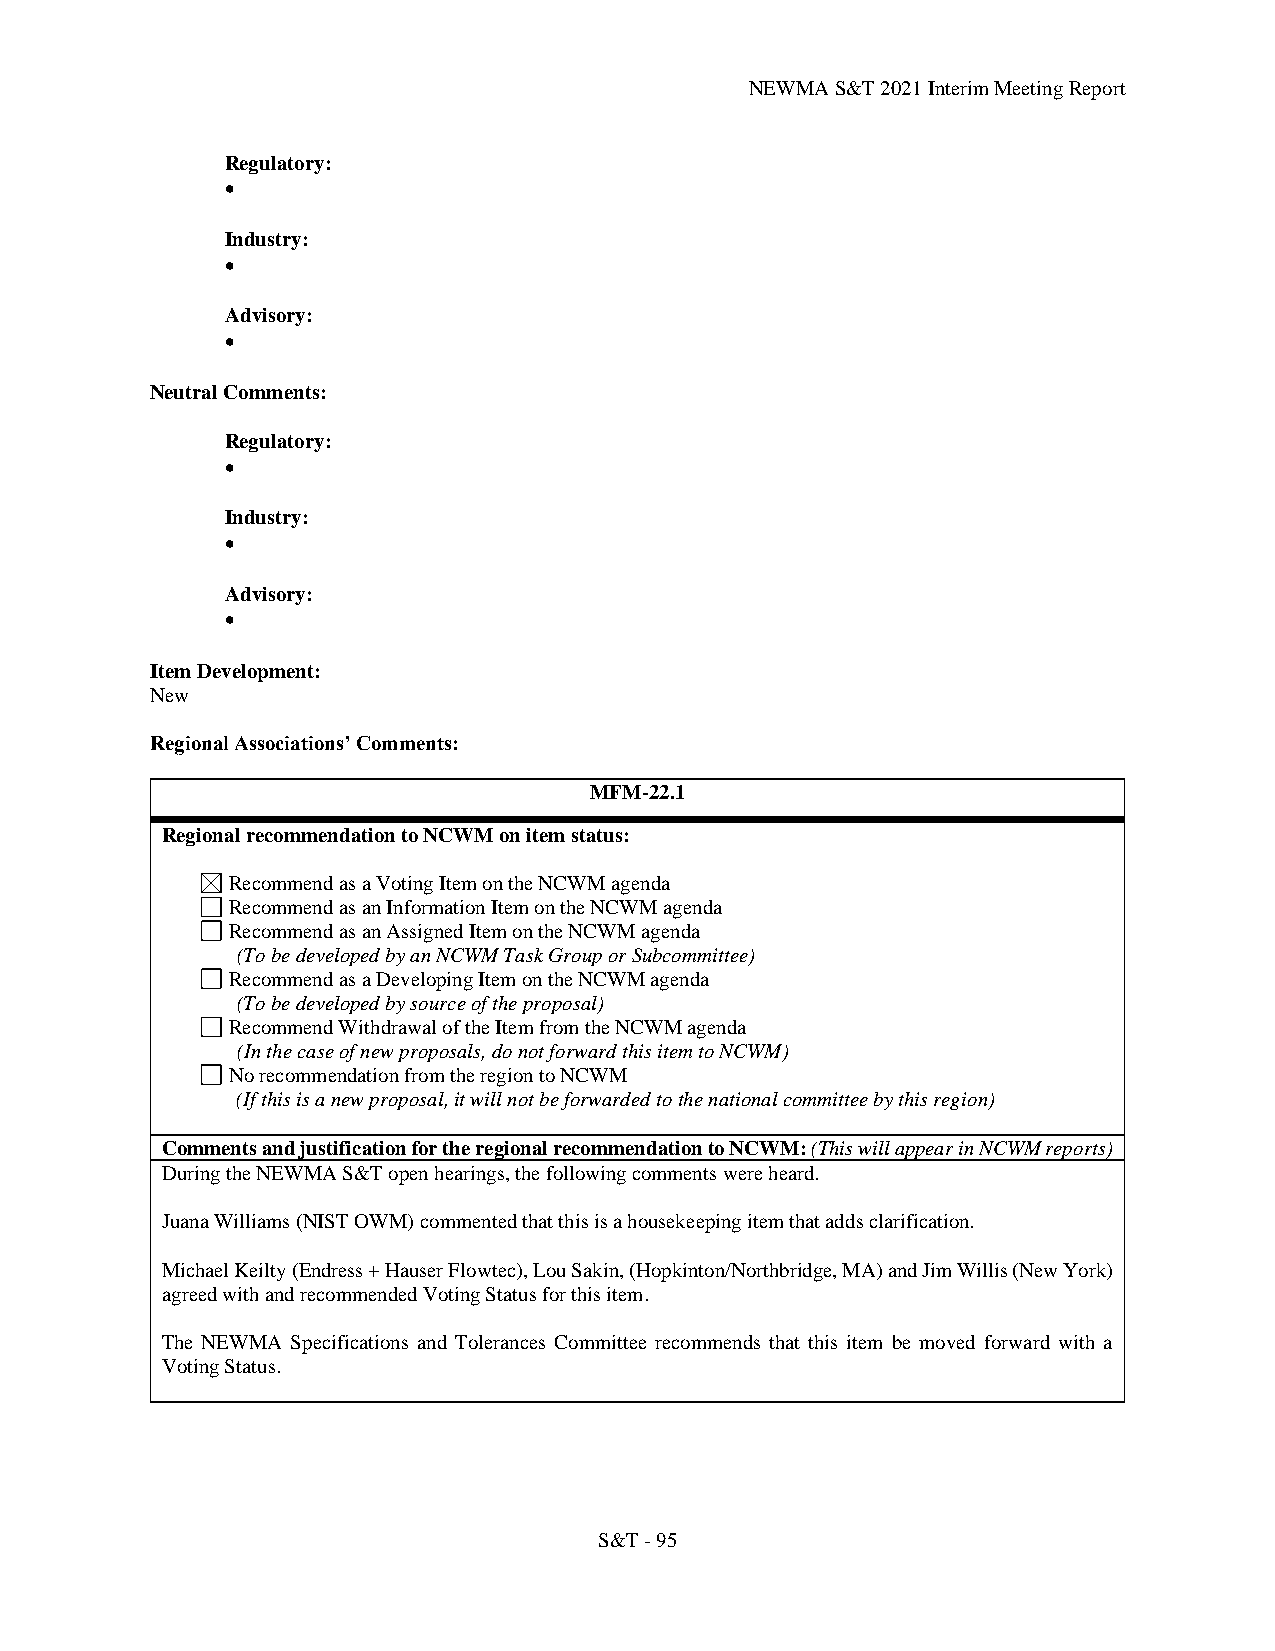
NEWMA S&T 2021 Interim Meeting Report
 Regulatory:
 •
 Industry:
 •
 Advisory:
 •
 Neutral Comments:
 Regulatory:
 •
 Industry:
 •
 Advisory:
 •
 Item Development:
 New
 Regional Associations’ Comments:
 MFM-22.1
 Regional recommendation to NCWM on item status:
 Recommend as a Voting Item on the NCWM agenda
 Recommend as an Information Item on the NCWM agenda
 Recommend as an Assigned Item on the NCWM agenda
 (To be developed by an NCWM Task Group or Subcommittee)
 Recommend as a Developing Item on the NCWM agenda
 (To be developed by source of the proposal)
 Recommend Withdrawal of the Item from the NCWM agenda
 (In the case of new proposals, do not forward this item to NCWM)
 No recommendation from the region to NCWM
 (If this is a new proposal, it will not be forwarded to the national committee by this region)
 Comments and justification for the regional recommendation to NCWM: (This will appear in NCWM reports)
 During the NEWMA S&T open hearings, the following comments were heard.
 Juana Williams (NIST OWM) commented that this is a housekeeping item that adds clarification.
 Michael Keilty (Endress + Hauser Flowtec), Lou Sakin, (Hopkinton/Northbridge, MA) and Jim Willis (New York)
 agreed with and recommended Voting Status for this item.
 The NEWMA Specifications and Tolerances Committee recommends that this item be moved forward with a
 Voting Status.
 S&T - 95